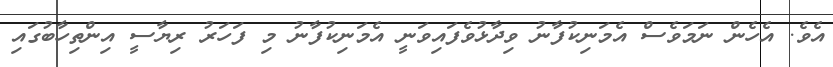
އެވެ. އެހެން ނަމަވެސް އެމަނިކުފާނު ވިދާޅުވެފައިވަނީ އެމަނިކުފާނު މި ފަހަރު ރިޔާސީ އިންތިހާބުގައި